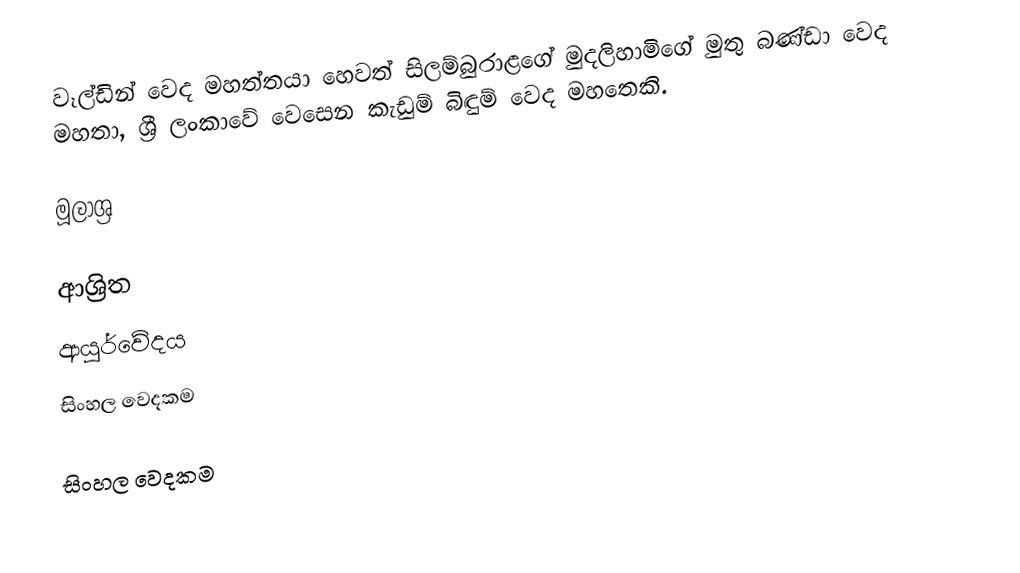
වෑල්ඩින් වෙද මහත්තයා හෙවත් සිලම්බුරාළගේ මුදලිහාමිගේ මුතු බණ්ඩා වෙද මහතා, ශ්‍රී ලංකාවේ වෙසෙන කැඩුම් බිඳුම් වෙද මහතෙකි.

මූලාශ්‍ර

ආශ්‍රිත
 ආයුර්වේදය
 සිංහල වෙදකම

සිංහල වෙදකම